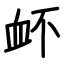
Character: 衃